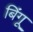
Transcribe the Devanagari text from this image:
बिंगू